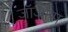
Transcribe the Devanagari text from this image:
जॉर्जोस